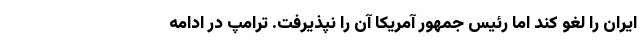
ایران را لغو کند اما رئیس جمهور آمریکا آن را نپذیرفت. ترامپ در ادامه